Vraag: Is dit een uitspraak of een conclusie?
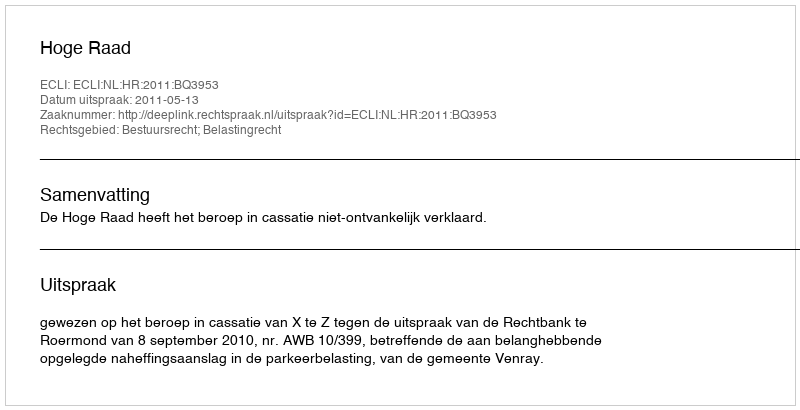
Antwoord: Uitspraak